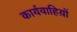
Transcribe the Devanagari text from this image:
कार्यवाहिय़ों